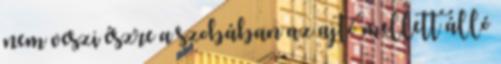
nem veszi észre a szobában az ajtó mellett álló